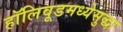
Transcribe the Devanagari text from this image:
हॉलिवूडमध्येसुद्धा